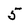
Character: 5